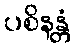
ပစိနန္တံ